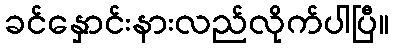
ခင်နှောင်းနားလည်လိုက်ပါပြီ။